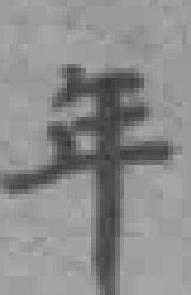
年